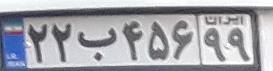
۲۲ب۴۵۶۹۹